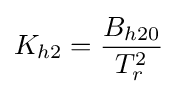
K_{h2}={\frac {B_{h20}}{T_{r}^{2}}}